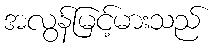
အလွန်မြင့်မားသည်